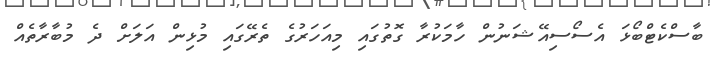
ބާސްކެޓްބޯޅަ އެސޯސިއޭޝަނުން ހާމަކުރާ ގޮތުގައި މިއަހަރުގެ ތެރޭގައި މުޅިން އަލަށް ދެ މުބާރާތެއް